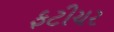
ફટીચર